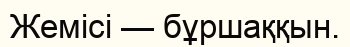
Жемісі — бұршаққын.